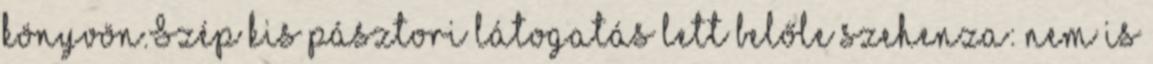
könyvön.Szép kis pásztori látogatás lett belőle szehenza: nem is